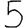
Digit: 5